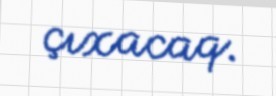
çıxacaq.